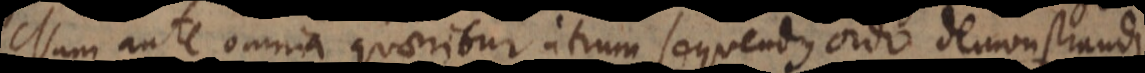
Nam ante omnia quaeritur utrum sequendus ordo demonstrandi,